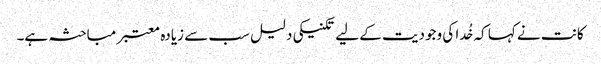
کانت نے کہا کہ خُدا کی وجودیت کے لیے تکنیکی دلیل سب سے زیادہ معتبر مباحثہ ہے۔